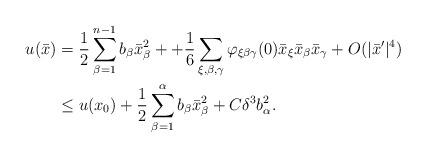
LaTeX: \begin{align*}\begin{aligned}u (\bar{x}) &= \frac{1}{2} \sum_{\beta=1}^{n-1} b_\beta \bar{x}_\beta^2 + + \frac{1}{6} \sum_{\xi, \beta, \gamma } \varphi_{\xi \beta \gamma} (0) \bar{x}_\xi \bar{x}_\beta \bar{x}_\gamma + O (|\bar{x}'|^4)\\& \leq u (x_0) + \frac{1}{2} \sum_{\beta=1}^{\alpha} b_\beta \bar{x}_\beta^2 + C \delta^3 b_\alpha^2. \end{aligned}\end{align*}